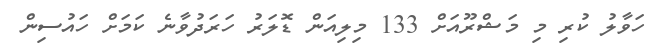
ހަވާލު ކުރި މި މަޝްރޫއަށް 133 މިލިއަން ޑޮލަރު ހަރަދުވާނެ ކަމަށް ހައުސިން